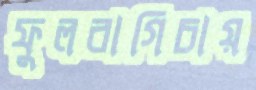
ফুলবাগিচায়